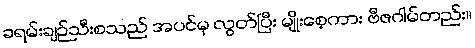
ခရမ်းချဉ်သီးစသည် အပင်မှ လွတ်ပြီး မျိုးစေ့ကား ဗီဇဂါမ်တည်း။